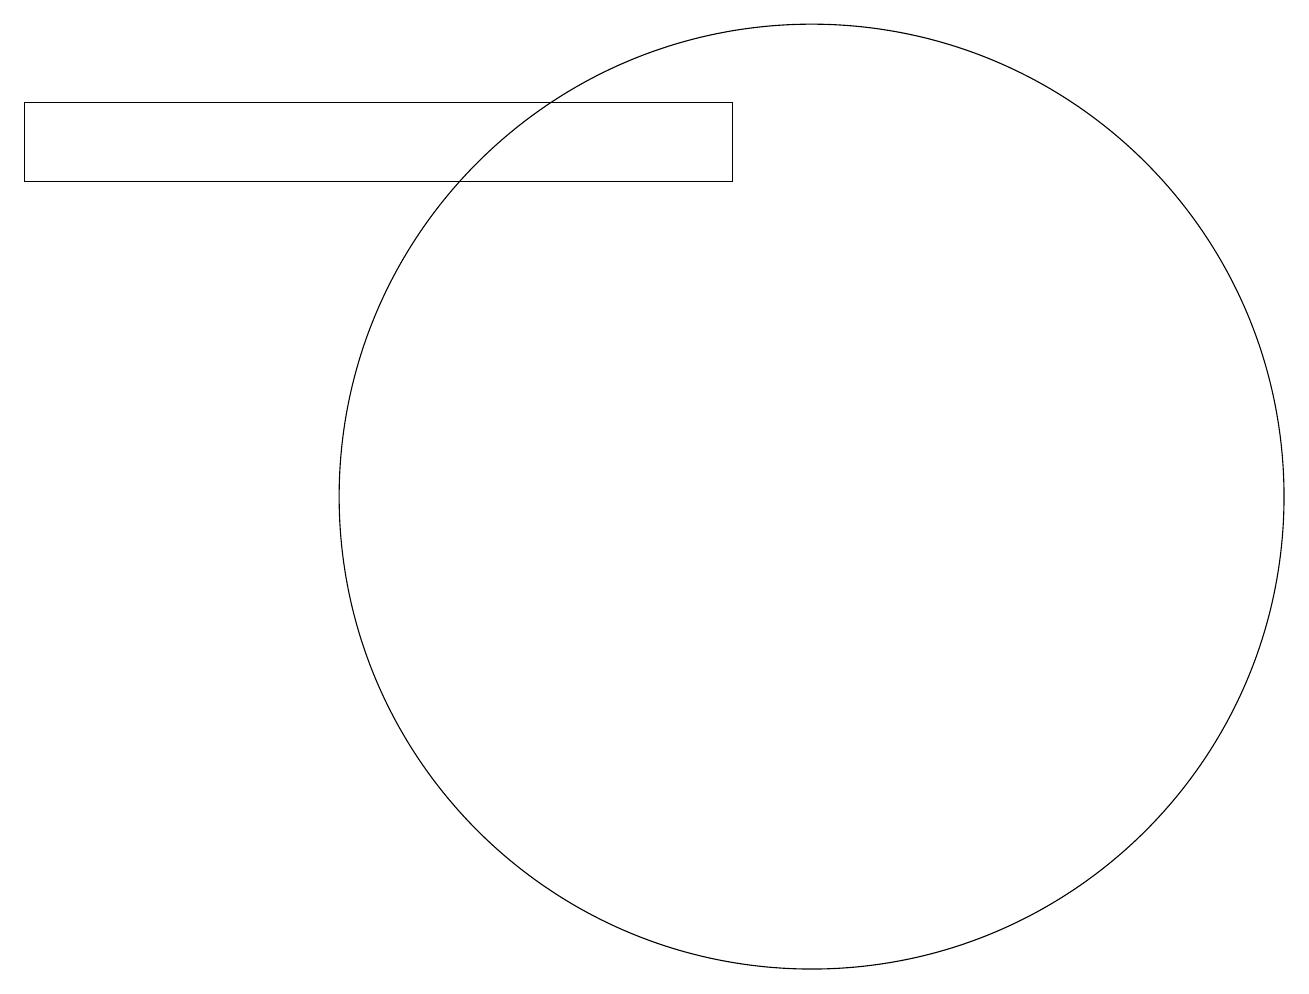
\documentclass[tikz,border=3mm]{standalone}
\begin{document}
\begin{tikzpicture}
\draw (10,10) circle (0);
\draw (0,16) rectangle (9,15);
\draw (10,11) circle (6);
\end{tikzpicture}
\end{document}